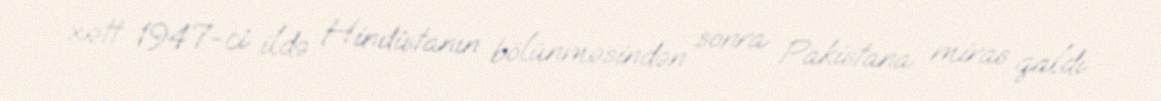
xətt 1947-ci ildə Hindistanın bölünməsindən sonra Pakistana miras qaldı.